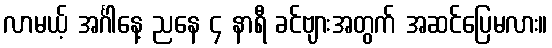
လာမယ့် အင်္ဂါနေ့ ညနေ ၄ နာရီ ခင်ဗျားအတွက် အဆင်ပြေမလား။